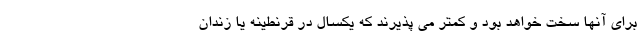
برای آنها سخت خواهد بود و کمتر می پذیرند که یکسال در قرنطینه یا زندان